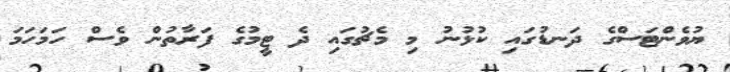
ޔުވެންޓަސްގެ ދަނޑުގައި ކުޅުނު މި މެޗުގައި ދެ ޓީމުގެ ފަރާތުން ވެސް ހަމަހަމަ